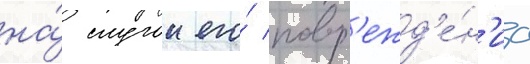
на́ случаи его́ повр'ежд'е́н'иа